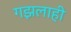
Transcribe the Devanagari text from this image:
गझलाही